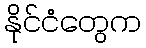
နိုင်ငံတွေက